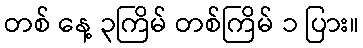
တစ် နေ့ ၃ကြိမ် တစ်ကြိမ် ၁ ပြား။